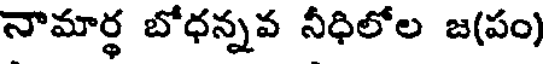
నామార్థ బోధన్నవ నీధిలోల జ(పం)